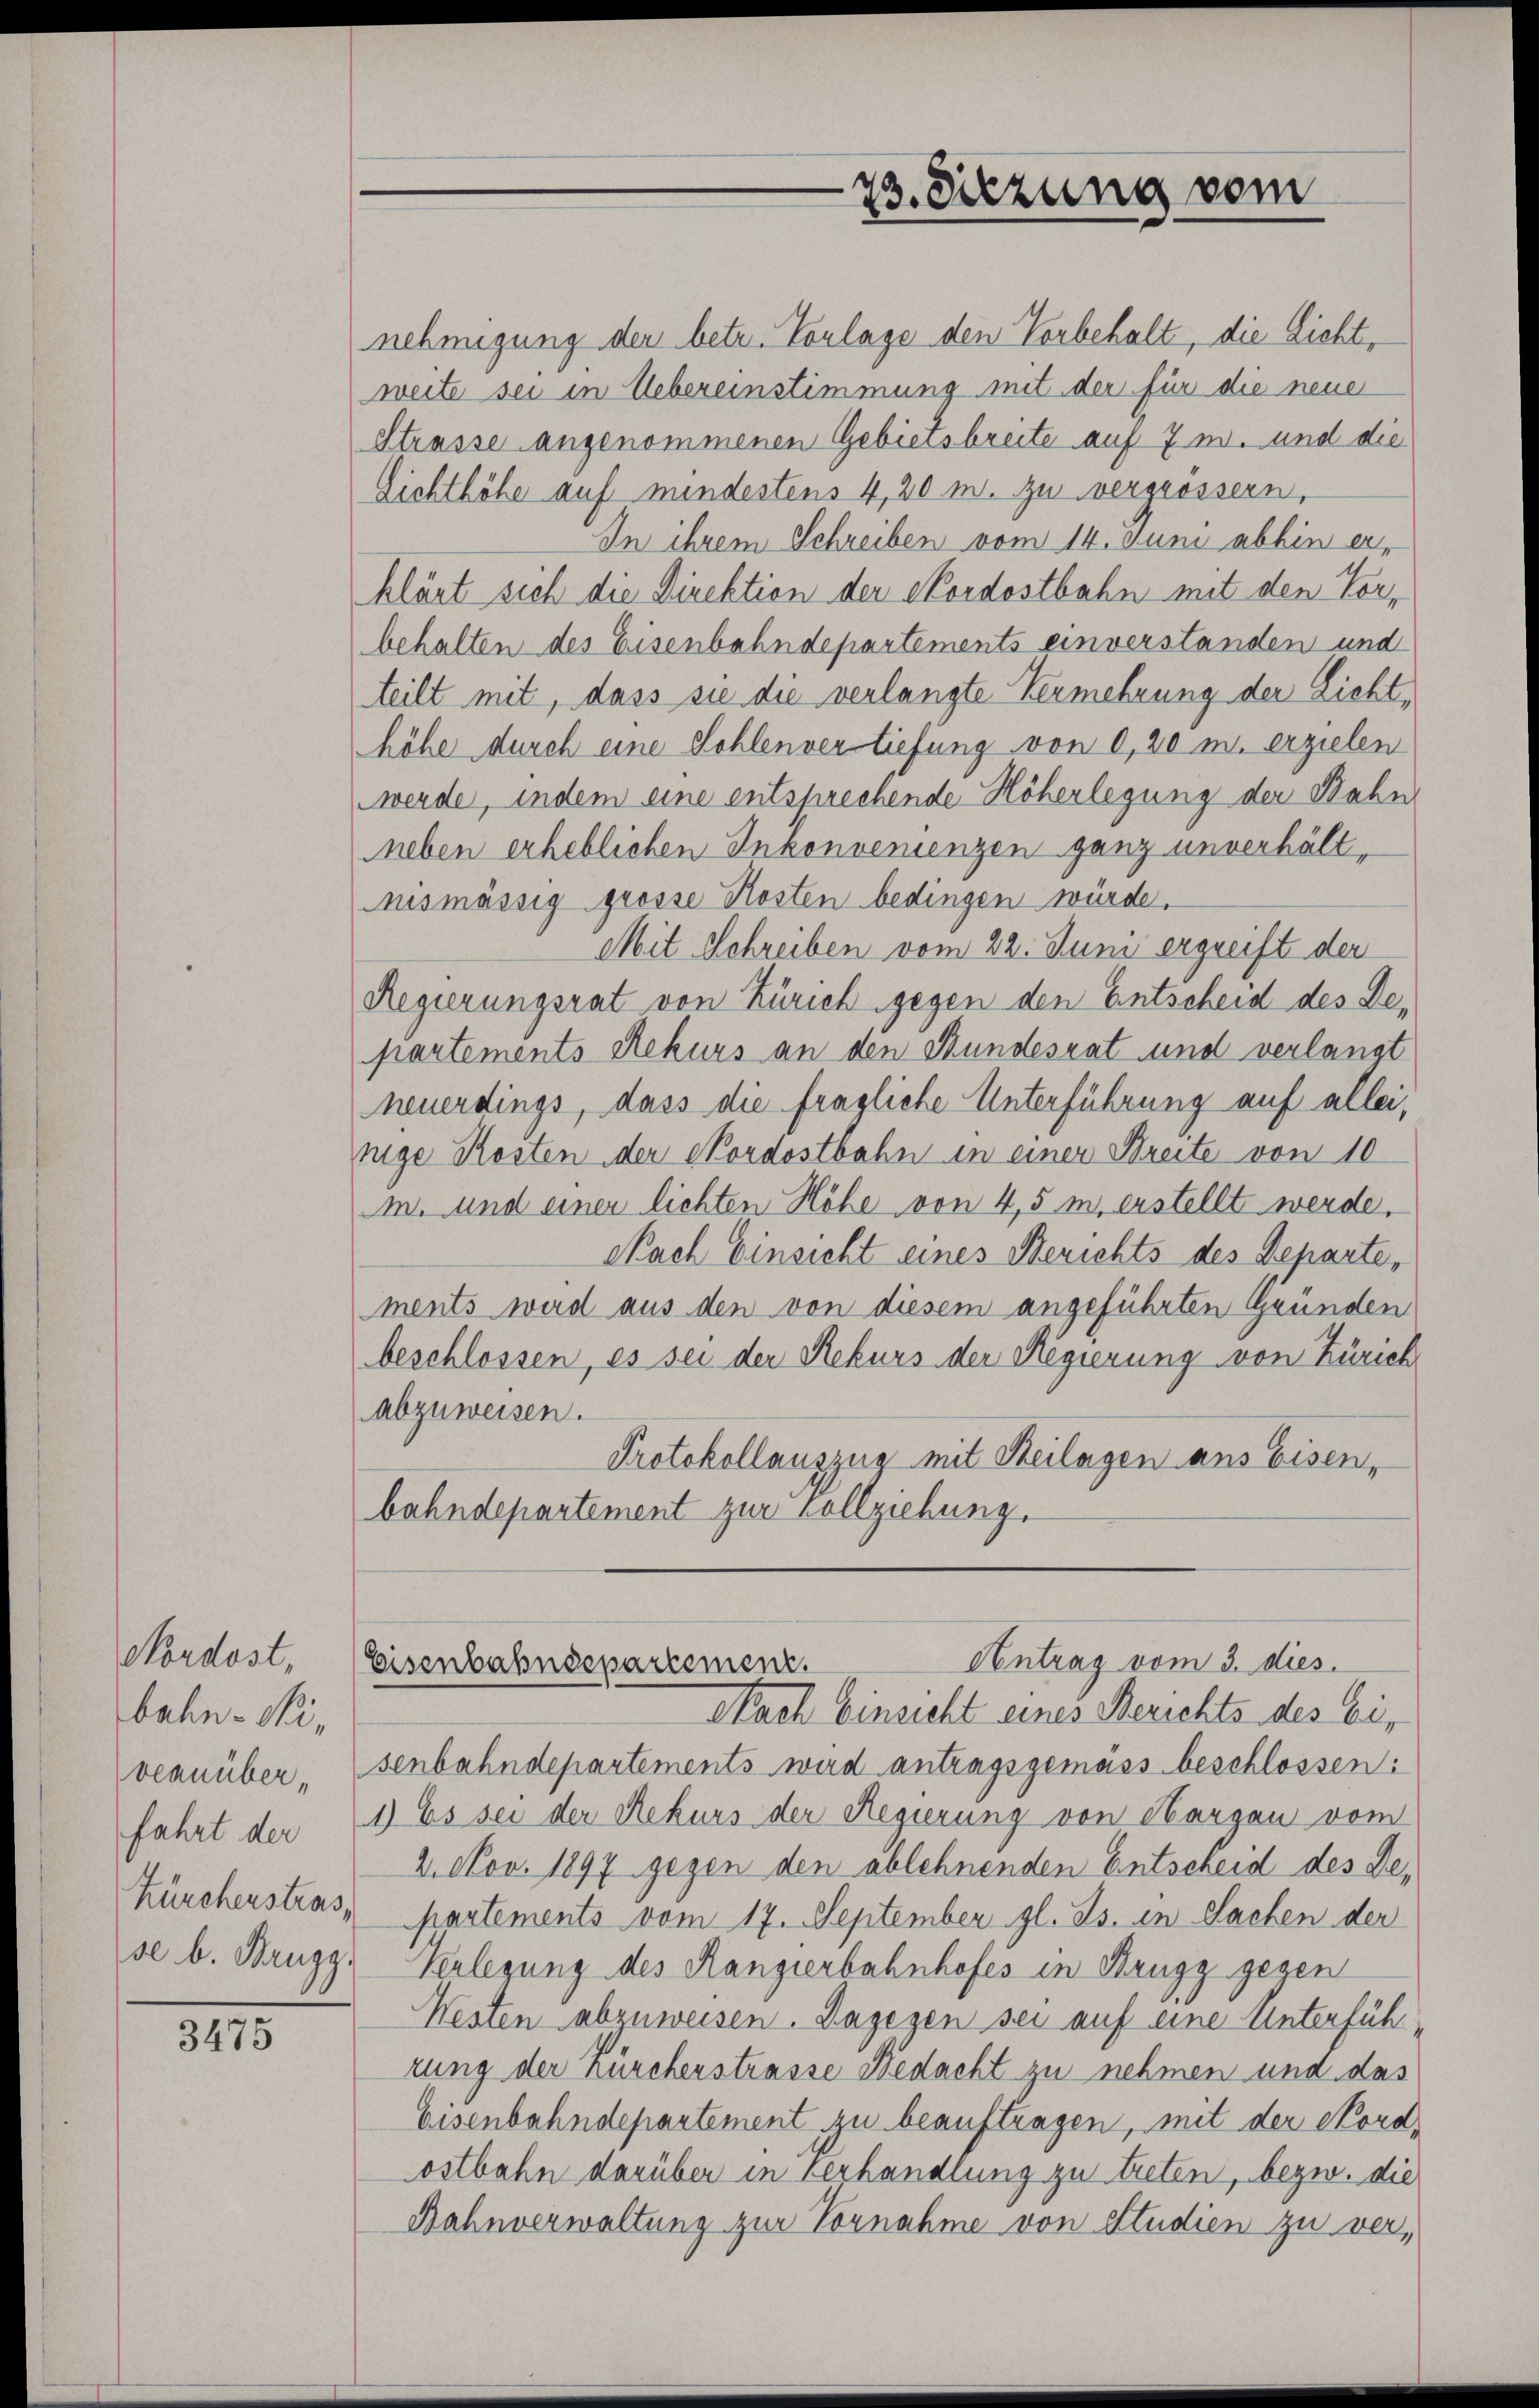
bahn-Si,
Zürchenstras,
se. b. Kauzz

3475

23. Siezung vom

nehmigung der betr. Toulage den Vorbehalt, die Licht,
weite sei in Uebereinstimmung mit der für die neue
Strasse angenommenen Gebietsbreite auf 7 m. und die
Lichthöhe auf mindestens 4,20 m. zu vergrössern,
In ihrem Schreiben vom 14. Juni abbin erklärt sich die Direktion der Nordostbahn mit den Vorbehalten des Eisenbahndepartements einverstanden und
teilt mit, dass sie die verlangte Vermehrung der Lichthöhe durch eine Sohlenvertiefung von 0,20 m. erzielen
werde, indem eine entsprechende Höherlegung der Bahn
neben erheblichen Inkonvenienzen ganz unverhältnismässig grosse Kosten bedingen würde.
Mit Schreiben vom 22. Juni ergreift der
Regierungsrat von Zürich gegen den Entscheid des De-
partements Rekurs an den Bundesrat und verlangt
neuerdings, dass die fragliche Unterführung auf allei,
nige Kosten der Pordostbahn in einer Streite von 10
m. und einer lichten Höhe von 4,5 m erstellt werde,
Nach Einsicht eines Berichts des Departe,
ments wird aus den von diesem angeführten Gründen
beschlossen, es sei der Rekurs der Regierung von Zürich
abzuweisen.
Protokollauszug mit Heilagen ans Eisen,
bahndepartement zur Vollziehung.

Antrag vom 3. dies
Nordost, Eisenbahnsepartement.

Nach Einsicht eines Berichts des Ei,
vernüber. (senbahndepartements wird antragsgemäss beschlossen:
fahrt der (1) Es sei der Rekurs der Regierung von Aargau vom
2. Nov. 1897 gegen den ablehnenden Entscheid des Departements vom 17. September gl. Js. in Sachen der
Verlegung des Rangierbahnhofes in Brugg gegen
Westen abzuweisen. Dagegen sei auf eine Unterführung der Zürcherstrasse Bedacht zu nehmen und das
Eisenbahndepartement zu beauftragen, mit der Nordostbahn darüber in Verhandlung zu treten, bezw. die
Bahnverwaltung zur Vornahme von Studien zu ver¬